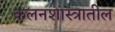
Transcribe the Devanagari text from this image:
कलनशास्त्रातील